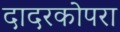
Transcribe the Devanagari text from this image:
दादरकोपरा